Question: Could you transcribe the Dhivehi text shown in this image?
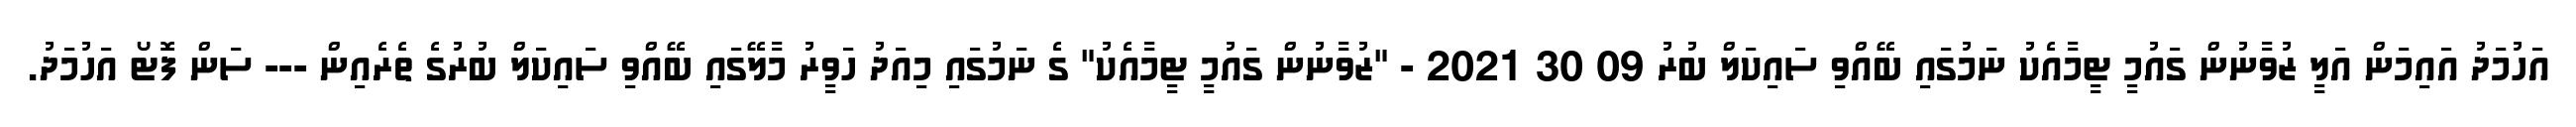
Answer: އަހުމަދު އައިމަން އަލީ ޒުވާނުން ގައުމީ ޓީމާއެކު ނަމުގައި ބޭއްވި ސައިކަލް ބުރު 09 30 2021 - "ޒުވާނުން ގައުމީ ޓީމާއެކު" ގެ ނަމުގައި މިއަދު ހަވީރު މާލޭގައި ބޭއްވި ސައިކަލް ބުރުގެ ތެރެއިން --- ސަން ފޮޓޯ އަހުމަދު.